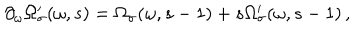
LaTeX: \partial _ { \omega } \Omega _ { \sigma } ^ { \prime } ( \omega , s ) = \Omega _ { \sigma } ( \omega , s - 1 ) + s \Omega _ { \sigma } ^ { \prime } ( \omega , s - 1 ) \, ,